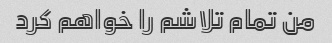
من تمام تلاشم را خواهم کرد